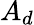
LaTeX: A_{d}